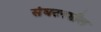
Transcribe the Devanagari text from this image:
संघटनशील